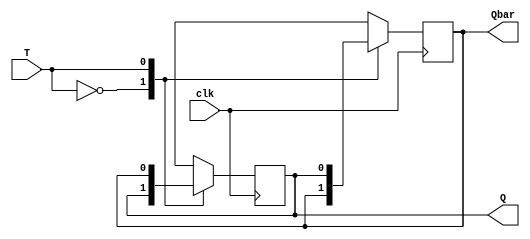
`timescale 1ns / 1ps
//////////////////////////////////////////////////////////////////////////////////
// Company: 
// Engineer: 
// 
// Design Name: 
// Module Name:    T_ff_posedge 
// Project Name: 
// Target Devices: 
// Tool versions: 
// Description: 
//
// Dependencies: 
//
// Revision: 
// Revision 0.01 - File Created
// Additional Comments: 
//
//////////////////////////////////////////////////////////////////////////////////
module T_ff_posedge(clk,T,Q,Qbar);
	input clk,T;
	output reg Q,Qbar;
	initial Q=1'b0;
	initial Qbar=1'b1;
	always@(posedge clk)
	begin
		case(T)
			1'b0: begin Q <= Q;
							Qbar <= Qbar; end
			1'b1: begin Q <= Qbar;
							Qbar <= Q; end
		endcase
	end
endmodule